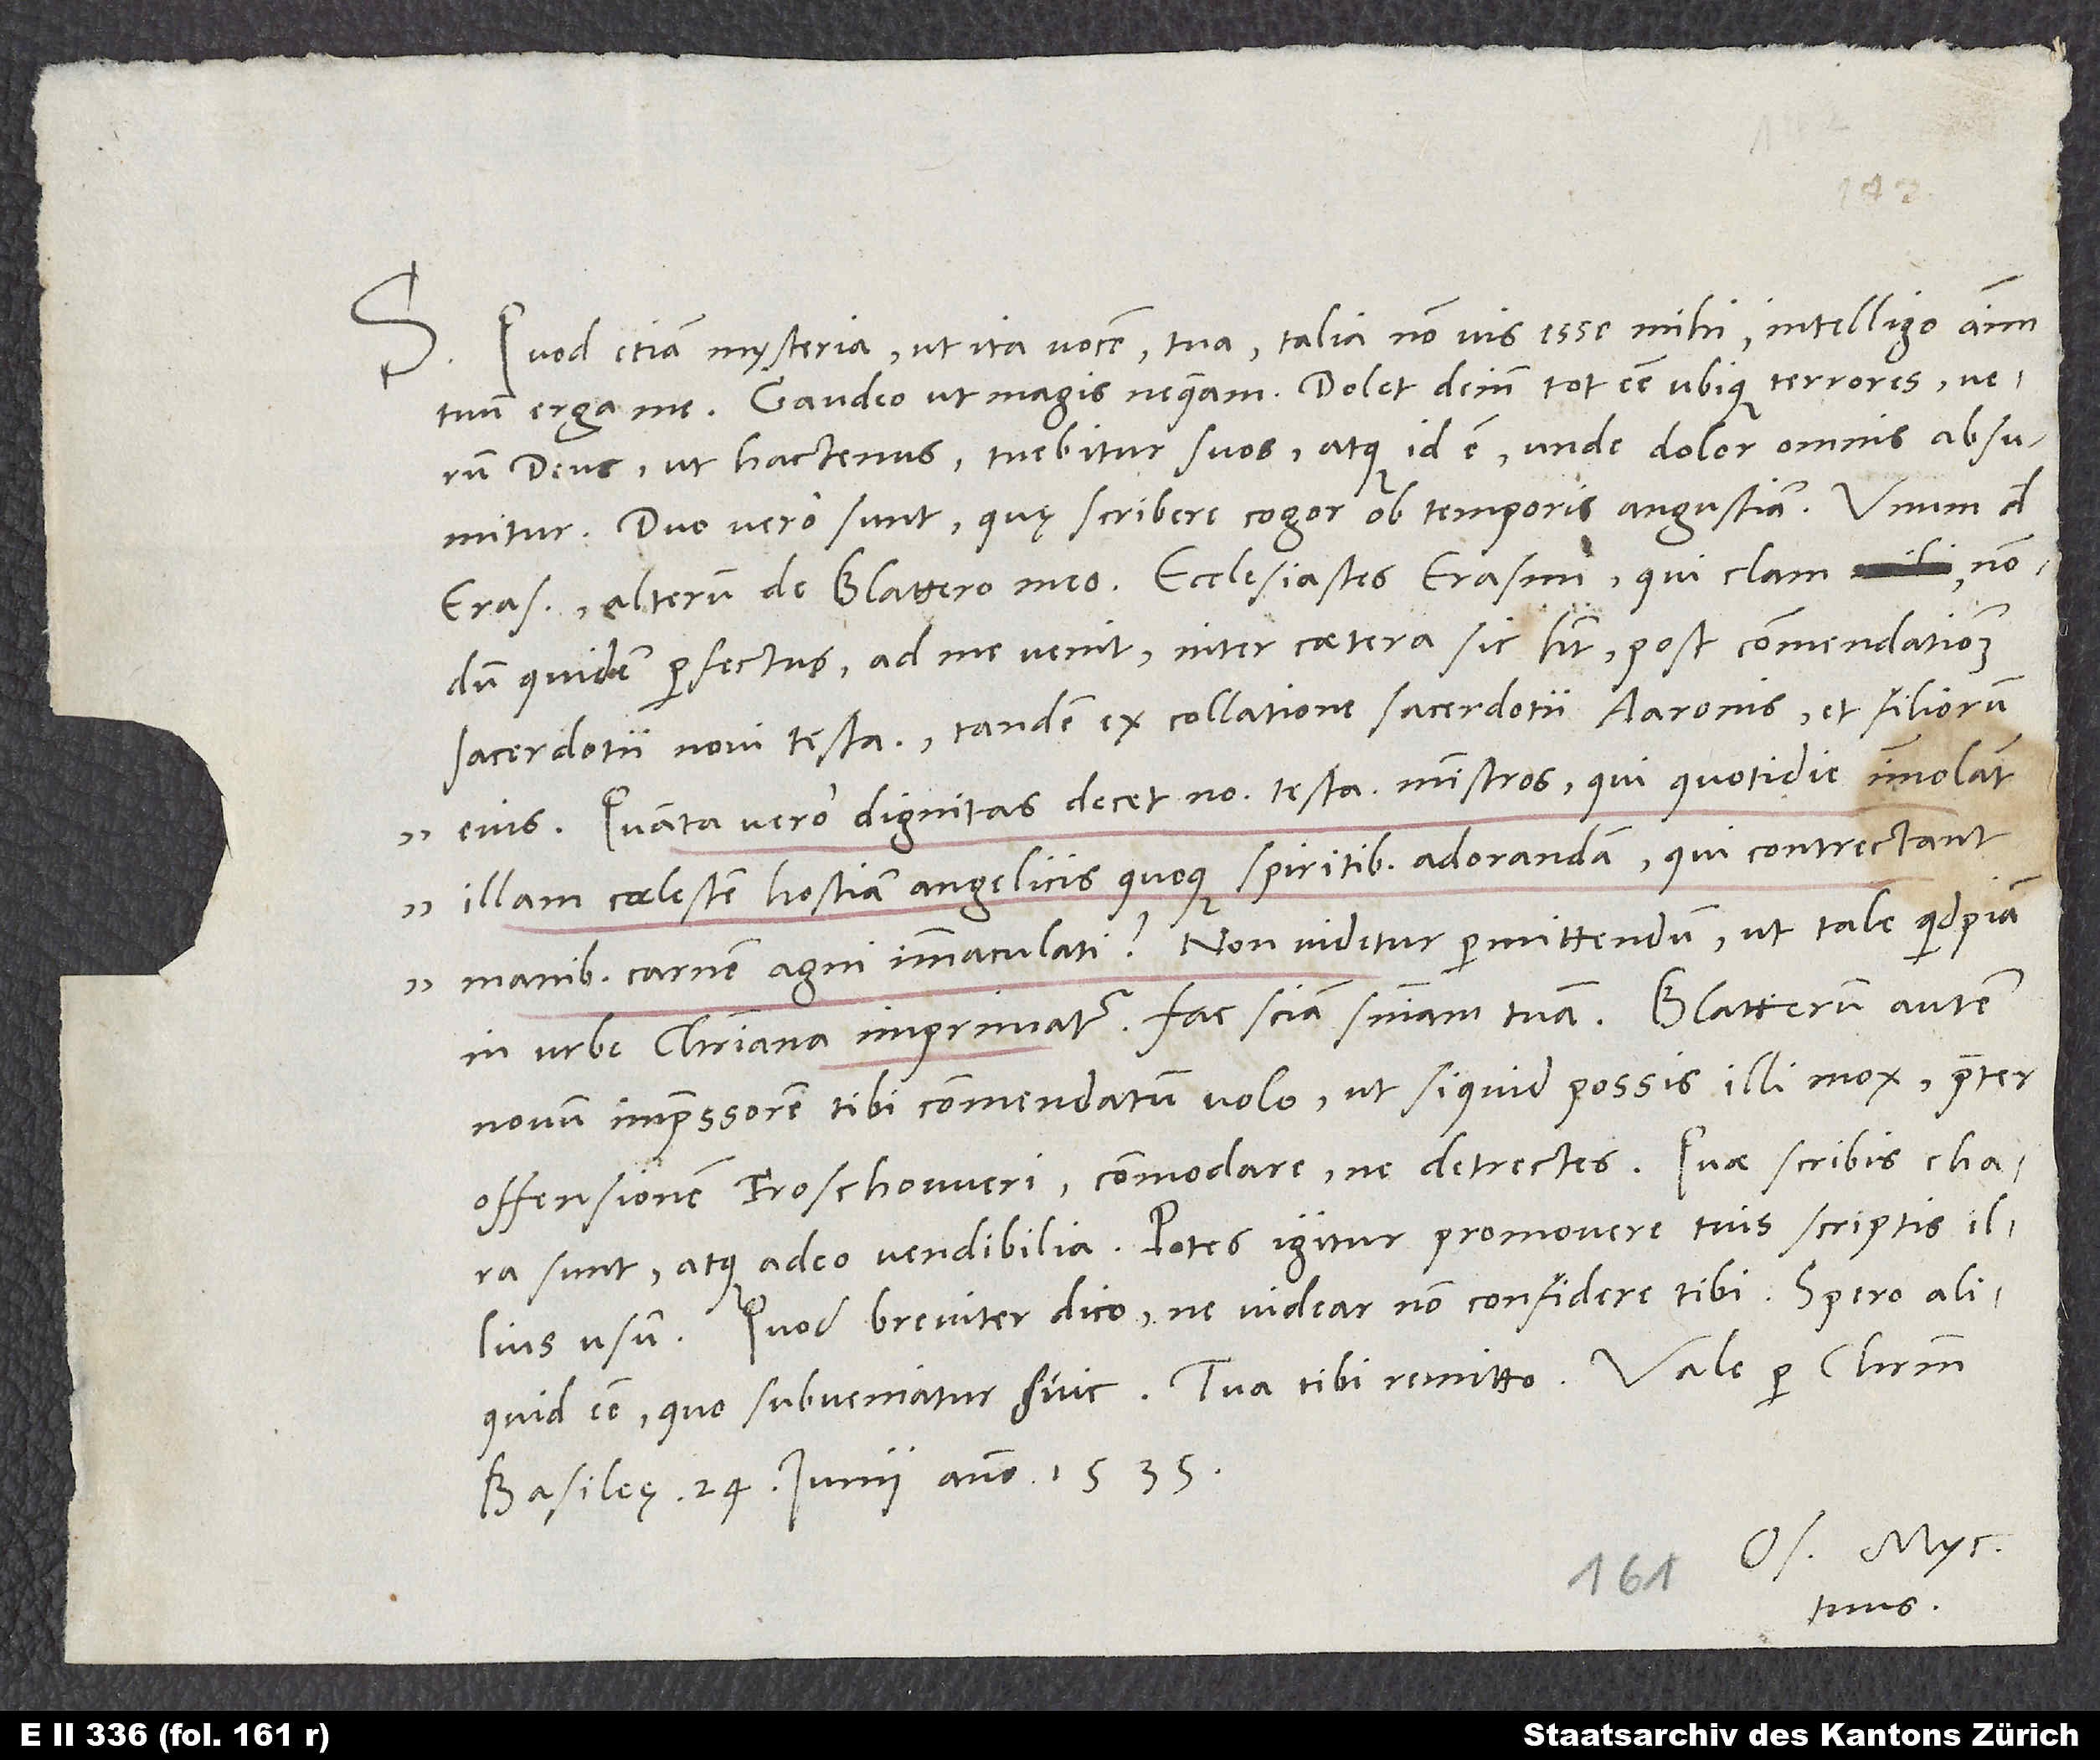
Quod etiam mysteria, ut ita vocem, tua talia non vis esse mihi, intelligo animum
S.
tuum erga me. Gaudeo, ut magis nequeam. Dolet deinde tot esse ubique terrores, verum
deus ut hactenus tuebitur suos, atque id est, unde dolor omnis absumitur.
Duo vero sunt, quę scribere cogor ob temporis angustiam, unum de
quidem perfectus ad me venit, inter caetera sic habet post commendationem
sacerdotii novi testamenti tandem ex collatione sacerdotii Aaronis et filiorum
eius: "Quanta vero dignitas decet novi testamenti ministros, qui quotidie immolant
illam coelestem hostiam angelicis quoque spiritibus adorandam, qui contrectant
manibus carnem agni immaculati?" Non videtur permittendum, ut tale quidpiam
in urbe christiana imprimatur. Fac sciam sententiam tuam.
novum impressorem tibi commendatum volo, ut si quid possis illi mox praeter
offensionem Froschoweri commodare, ne detrectes. Quae scribis, chara
sunt atque adeo vendibilia. Potes igitur promovere tuis scriptis illius
usum. Quod breviter dico, ne videar non confidere tibi. Spero aliquid esse,
Basileę, 24. iunii anno 1535.
Os. Myc.
tuus.